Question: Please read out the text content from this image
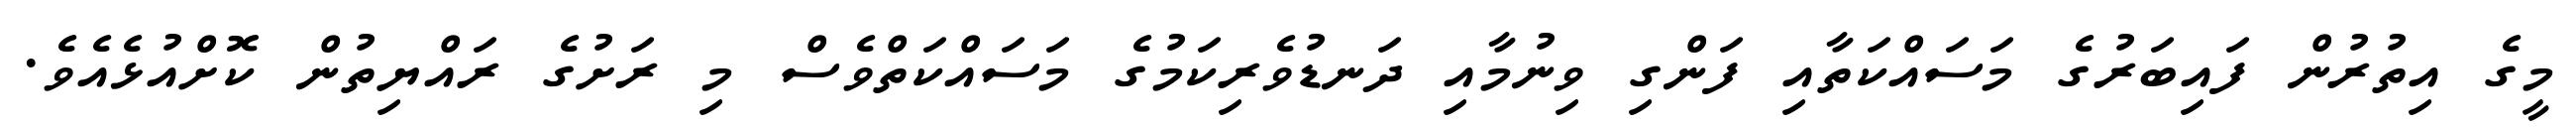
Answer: މީގެ އިތުރުން ފައިބަރުގެ މަސައްކަތާއި ފަންގި ވިނުމާއި ދަނޑުވެރިކަމުގެ މަސައްކަތްވެސް މި ރަށުގެ ރައްޔިތުން ކޮށްއުޅެއެވެ.